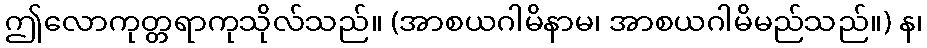
ဤလောကုတ္တရာကုသိုလ်သည်။ (အာစယဂါမိနာမ၊ အာစယဂါမိမည်သည်။) န၊